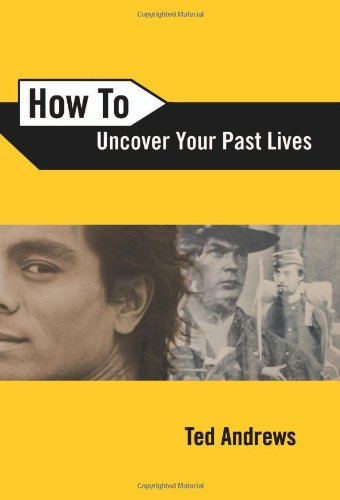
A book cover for How To Uncover Your Past Lives (How To Series); Ted Andrews; Religion & Spirituality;